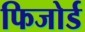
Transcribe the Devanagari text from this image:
फिजोर्ड